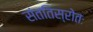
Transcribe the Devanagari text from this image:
संततिस्रोतः